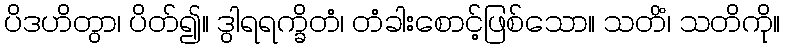
ပိဒဟိတွာ၊ ပိတ်၍။ ဒွါရရက္ခိတံ၊ တံခါးစောင့်ဖြစ်သော။ သတိံ၊ သတိကို။